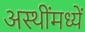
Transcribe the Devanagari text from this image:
अस्थींमध्यें